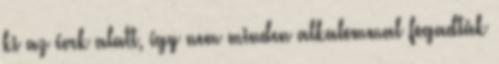
ki az évek alatt, így nem minden alkalommal fogadták